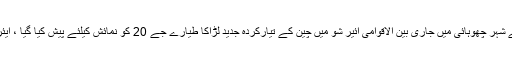
چین کے جنوب میں واقع صوبے گوانگ دونگ کے شہر چھوہائی میں جاری بین الاقوامی ائیر شو میں چین کے تیارکردہ جدید لڑاکا طیارے جے 20 کو نمائش کیلئے پیش کیا گیا ، ایئر شو یکم نومبر سے چھ نومبر تک جاری رہے گا۔